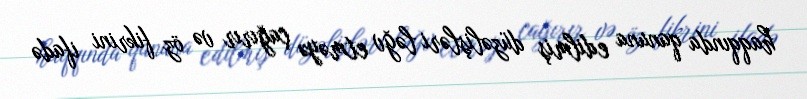
haqqında qanuna edilmiş düzəlişləri ləğv etməyə çağırır və öz fikrini ifadə